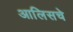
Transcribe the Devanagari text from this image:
आलिसचे